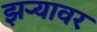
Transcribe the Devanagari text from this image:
झऱ्यावर